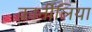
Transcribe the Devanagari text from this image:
कार्नीलिया